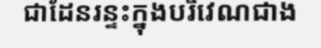
ជាដែនរន្ទះក្នុងបរិវេណជាង